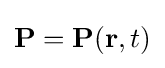
\mathbf {P} =\mathbf {P} (\mathbf {r} ,t)